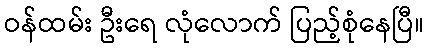
ဝန်ထမ်း ဦးရေ လုံလောက် ပြည့်စုံနေပြီ။